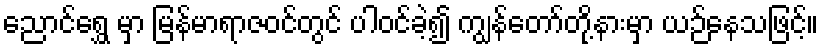
ညောင်ရွှေ မှာ မြန်မာရာဇဝင်တွင် ပါဝင်ခဲ့၍ ကျွန်တော်တို့နားမှာ ယဉ်နေသဖြင့်။